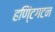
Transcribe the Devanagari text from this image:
हणि्ंटगटन